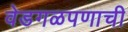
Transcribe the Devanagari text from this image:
वेडगळपणाची